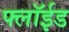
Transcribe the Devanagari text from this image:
फ्लॉईड